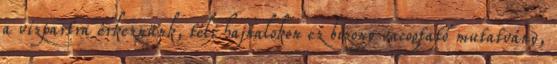
a vízpartra érkeznünk, téli hajnalokon ez bizony vacogtató mutatvány,